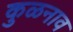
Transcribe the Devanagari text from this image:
कुळनाव